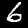
Digit: 6